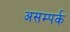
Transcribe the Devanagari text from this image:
असम्पर्क